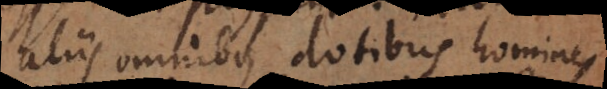
aliis omnibus dotibus homines